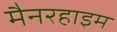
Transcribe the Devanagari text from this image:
मैनरहाइम